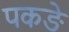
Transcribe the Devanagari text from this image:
पकङे